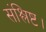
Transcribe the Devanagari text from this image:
संश्लिष्ट।